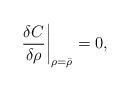
LaTeX: \begin{align*}\left.\frac{\delta C}{\delta\rho}\right|_{\rho=\bar{\rho}} = 0,\end{align*}